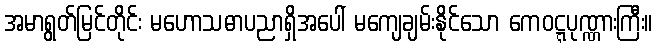
အမာရွတ်မြင်တိုင်း မဟောသဓာပညာရှိအပေါ် မကျေချမ်းနိုင်သော ကေဝဋ္ဋပုဏ္ဏားကြီး။